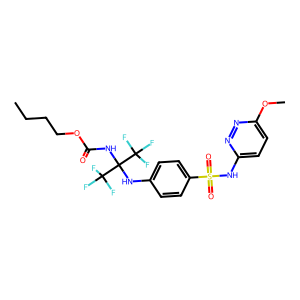
SMILES: CCCCOC(=O)NC(Nc1ccc(S(=O)(=O)Nc2ccc(OC)nn2)cc1)(C(F)(F)F)C(F)(F)F
Inhibits HIV replication: No